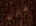
متزن